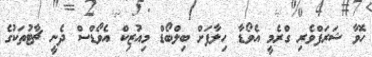
ހޮވާ ޝަރަފްވެރި ގްރެމީ އެވޯޑާ ހިލާފަށް ބިލްބޯޑް މިއުޒިކް އެވޯޑްސް ދެނީ ޗާޓުތަކުގެ